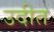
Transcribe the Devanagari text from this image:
उदीत